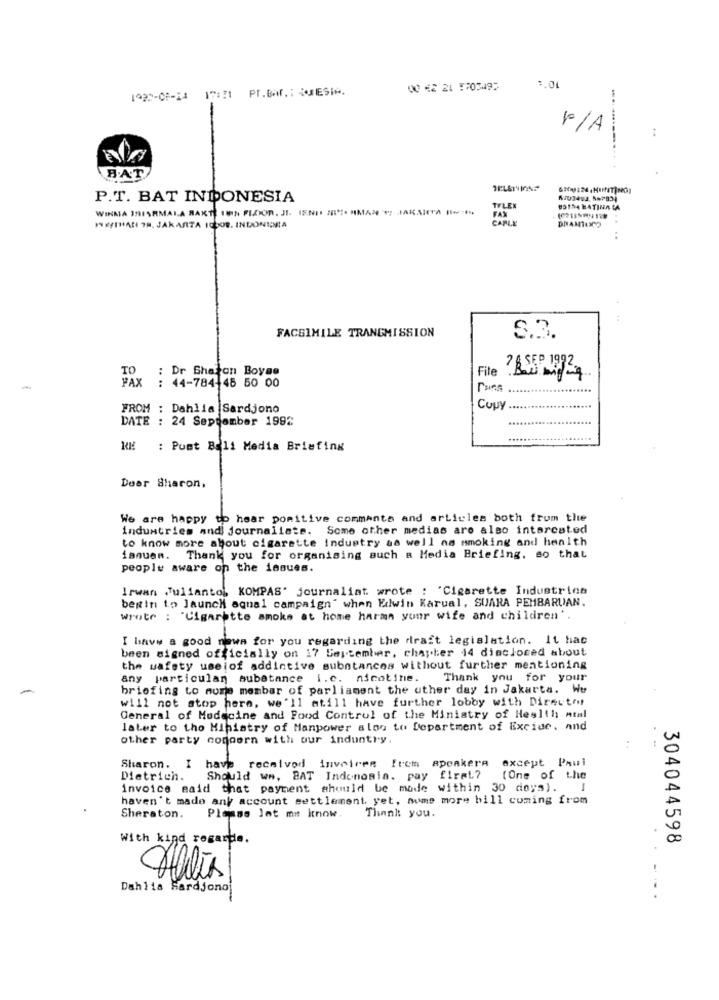
1927-08-24 17:21 PT.BA0 .: JESIM.
00 42 21 :703497
:. 04
P/A
B.AT
P.T. BAT INDONESIA
WINMA JSISRMAIA RAKTE 18IN FIZIOR. JI. IENII SI". MIMAN VI JAKARTA HN,
TFLEX
CARLE
FAX
HEIHAR 78. JAKARTA 10008, INTONICMIA
FACSIMILE TRANSMISSION
S.3.
TO : Dr Shaton Boyae
FAX
: 44-784-48 50 00
File
? ASP 1992.
Pues
FROM : Dahlia Sardjono
Copy.
DATE : 24 September 1992
: Punt Boli Media Briefing
Dear Sharon.
We are happy to hear pomitive commante and articles both from the
industries and journalists. Some other medias are also intarcated
to know more about cigarette industry as well no smoking and health
ianuen. Thank you for organising such a Media Briefing, so that
people aware on the issues.
Irwan Juliantol, KOMPAS' journalist wrote : 'Cigarette Industrins
begin to launch equal campaign" when Edwin Karual, SUARA PEMBARUAN.
wrote : "Cigarette smoke at home harma your wife and children'
I binvy a good news for you regarding the draft legislation. It hac
been signed officially on 17 September, chapter 14 disclosed about
the wafety useiof addictive substances without further mentioning
any particular substance i.c. nicotine. Thank you for your
briefing to more member of parliament the other day in Jakarta. We
will not stop here, we'll atill have further lobby with Director
General of Medecine and Food Control of the Ministry of Health ntal
later to the Ministry of Manpower alos to Department of Excise, and
other party comoern with our industry.
except Paul
Sharon. I have received invoices frem apoakera
Dietrich. Should ww, BAT Indemonia. pay firet?
(One of the
invoice said that payment should be made within 30 days). I
haven't made ank account settlement, yet, nume more bill coming from
Sheraton.
Please let me know.
Thank you.
With kind regards.
304044598
Dahlia Sardjonoj
..